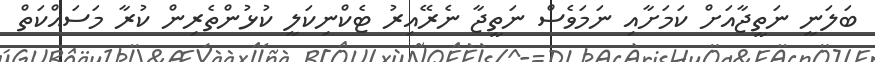
ބަލަނީ ނަތީޖާއަށް ކަމަށާއި ނަމަވެސް ނަތީޖާ ނެރޭއިރު ޓެކްނިކަލީ ކުޅުންތެރިން ކުރާ މަސައްކަތް